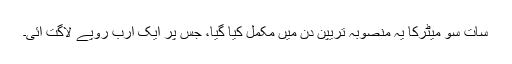
سات سو میٹرکا یہ منصوبہ تریپن دن میں مکمل کیا گیا، جس پر ایک ارب روپے لاگت آئی۔